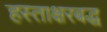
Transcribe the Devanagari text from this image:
हस्ताक्षरबद्ध